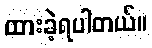
ထားခဲ့ရပါတယ်။